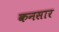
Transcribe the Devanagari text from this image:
कनसार